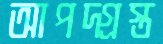
আপদ্‌গ্রস্ত